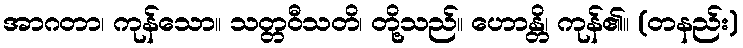
အာဂတာ၊ ကုန်သော။ သတ္တဝီသတိ၊ တို့သည်။ ဟောန္တိ၊ ကုန်၏။ (တနည်း)